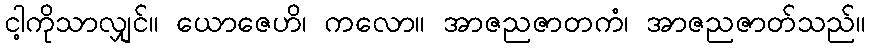
ငါ့ကိုသာလျှင်။ ယောဇေဟိ၊ ကလော။ အာဇညဇာတကံ၊ အာဇညဇာတ်သည်။